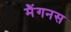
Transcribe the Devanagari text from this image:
मैंगनस